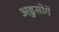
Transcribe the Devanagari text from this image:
अडुसोगे